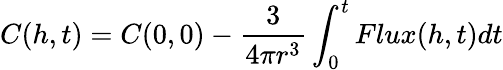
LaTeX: C(h,t)=C(0,0)-\frac{3}{4\pi r^{3}}\int_{0}^{t}Flux(h,t)dt